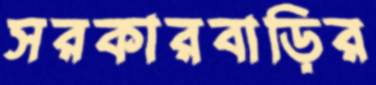
সরকারবাড়ির